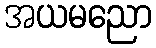
အယမညော